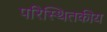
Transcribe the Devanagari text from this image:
परिस्थितकीय